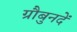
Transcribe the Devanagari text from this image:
ग्रौबुनदें